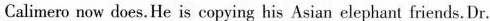
Calimero now does. He is copying his Asian elephant friends. Dr.